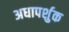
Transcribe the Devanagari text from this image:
अधापर्शुक